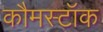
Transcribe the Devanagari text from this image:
कौमस्टॉक